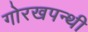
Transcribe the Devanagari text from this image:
गोरखपन्थी